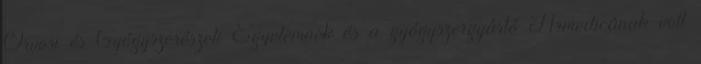
Orvosi és Gyógyszerészeti Egyetemnek és a gyógyszergyártó Armedicának volt